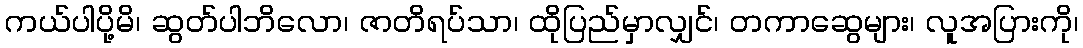
ကယ်ပါပို့မိ၊ ဆွတ်ပါဘိလော၊ ဇာတိရပ်သာ၊ ထိုပြည်မှာလျှင်၊ တကာဆွေများ၊ လူအပြားကို၊